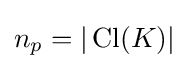
n_{p}=|\operatorname {Cl} (K)|